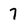
Character: 7